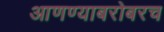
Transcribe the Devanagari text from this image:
आणण्याबरोबरच